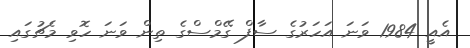
އެއީ 1984 ވަނަ އަހަރުގެ ސާފް ގޭމްސްގެ ތިން ވަނަ ހޮވި މެޗުގައި